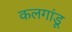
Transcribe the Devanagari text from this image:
कलगांडू